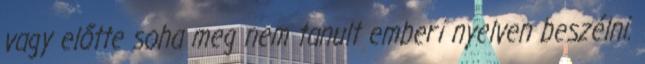
vagy előtte soha meg nem tanult emberi nyelven beszélni.